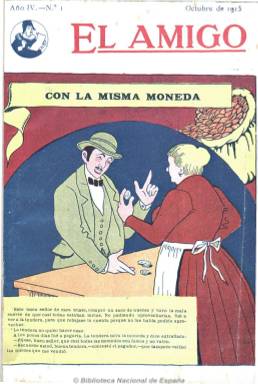
Título: El Amigo (Barcelona. 1915)
Otros títulos: Amigo de la juventud, oct. 1915-sept 1916
Colección: Revistas infantiles
Ámbito geográfico: Barcelona
Lugar de publicación: Barcelona
Fechas: 01/10/1915-01/02/1920

Los orígenes de la prensa educativa en España se remontan a 1789 con la “Gazeta de los Niños”, pero es desde la Restauración hasta 1920 el período más álgido de este género, configurándose al mismo tiempo dos corrientes dentro de él, la conservadora y la innovadora, es decir, gran ofensiva de la enseñanza religiosa, por un lado, y politización de la enseñanza misma, por otro. Se constata, por tanto, la aparición de revistas de sectores católicos, muchas de ellas innovadoras a su modo, según la corriente general imperante.

“El Amigo” es el título que, con carácter mensual y quincenal desde 1916, adoptó “El Amigo de la Juventud” a partir de octubre de 1915 hasta los años 20 y  ejemplo claro de este género. Mantiene la buena presentación en tamaño cuarto con portada en color y variadas ilustraciones, compuesta por artículos de distintos temas enfocados por su tratamiento al público juvenil y a la comunidad educativa de los Hermanos Maristas, sus editores.